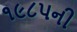
૧૯૮૫ની